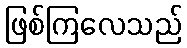
ဖြစ်ကြလေသည်